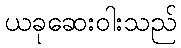
ယခုဆေးဝါးသည်